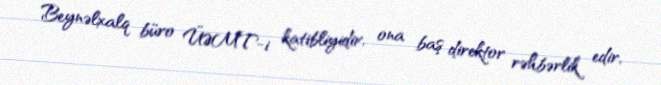
Beynəlxalq büro ÜƏMT-i katibliyidir, ona baş direktor rəhbərlik edir,